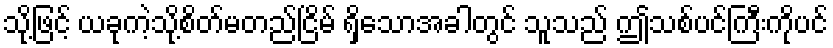
သို့ဖြင့် ယခုကဲ့သို့စိတ်မတည်ငြိမ် ရှိသောအခါတွင် သူသည် ဤသစ်ပင်ကြီးကိုပင်